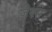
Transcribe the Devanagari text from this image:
जेफ्स